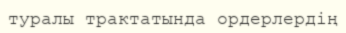
туралы трактатында ордерлердің